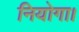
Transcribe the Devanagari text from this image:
नियोगा।